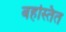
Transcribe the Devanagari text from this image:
बहस्तित